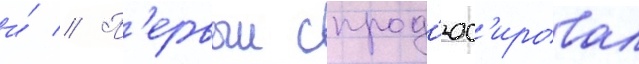
и́ // П'ервыи спрод'юс'ировал